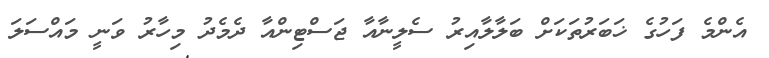
އެންމެ ފަހުގެ ޚަބަރުތަކަށް ބަލާލާއިރު ސެލީނާއާ ޖަސްޓިންއާ ދެމެދު މިހާރު ވަނީ މައްސަލަ